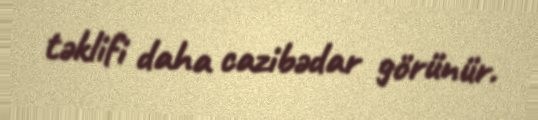
təklifi daha cazibədar görünür.